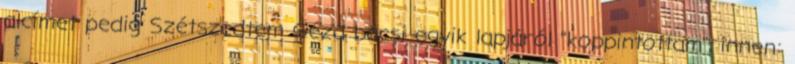
alcímet pedig Szétszedtem Géza bácsi egyik lapjáról "koppintottam", innen: